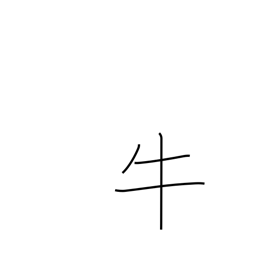
Meaning: cow